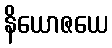
နိယောဇယေ